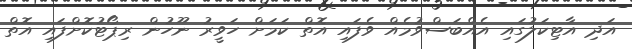
އަދި އާޓިކަލުގައި އެއްބަސްވުމެއް ވެފައި އޮތް ކަމަށް ހަވީރު ނޫހުން ރިޕޯޓުކޮށްފައި އޮތް